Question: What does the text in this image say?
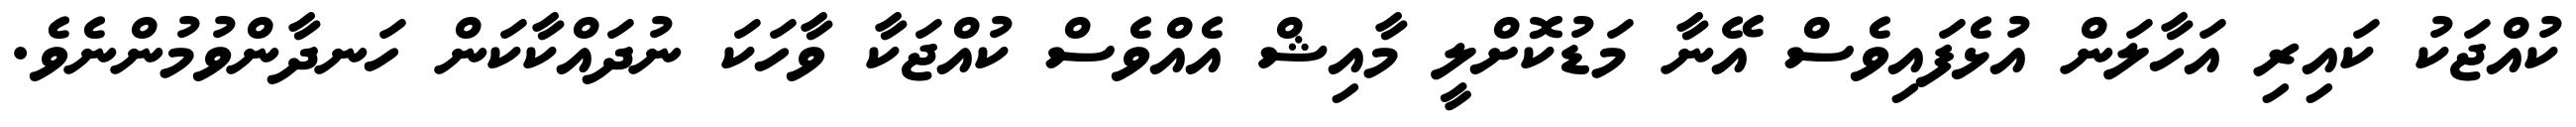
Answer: ކުއްޖަކު ކައިރި އަހާލަން އުޅެފައިވެސް އޭނާ މަޑުކޮށްލީ މާއިޝް އެއްވެސް ކުއްޖަކާ ވާހަކަ ނުދައްކާކަން ހަނދާންވުމުންނެވެ.